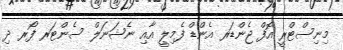
މިނިސްޓްރީ އޮފް ޖެންޑަރ އެންޑް ފެމިލީ އާއި ނެޝަނަލް ސެންޓަރ ފޯރ ދި